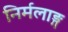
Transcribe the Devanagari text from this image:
निर्मलाङ्ग